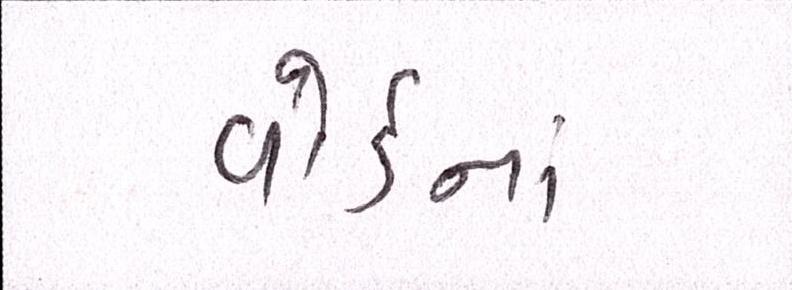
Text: વોર્ડનાં